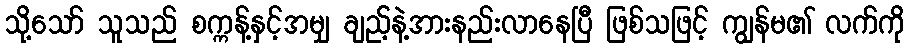
သို့သော် သူသည် စက္ကန့်နှင့်အမျှ ချည့်နဲ့အားနည်းလာနေပြီ ဖြစ်သဖြင့် ကျွန်မ၏ လက်ကို